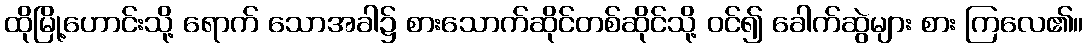
ထိုမြို့ဟောင်းသို့ ရောက် သောအခါ၌ စားသောက်ဆိုင်တစ်ဆိုင်သို့ ဝင်၍ ခေါက်ဆွဲများ စား ကြလေ၏။